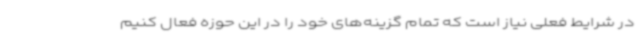
در شرایط فعلی نیاز است که تمام گزینه‌های خود را در این حوزه فعال کنیم